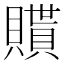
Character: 𧸊